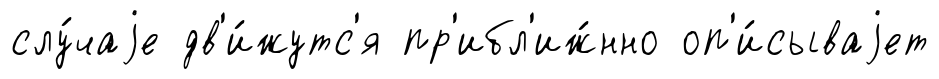
слу́чаjе дв'и́жутс'я пр'ибл'иж́нно оп'и́сываjет